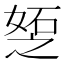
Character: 𪦆